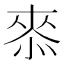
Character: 𭝠